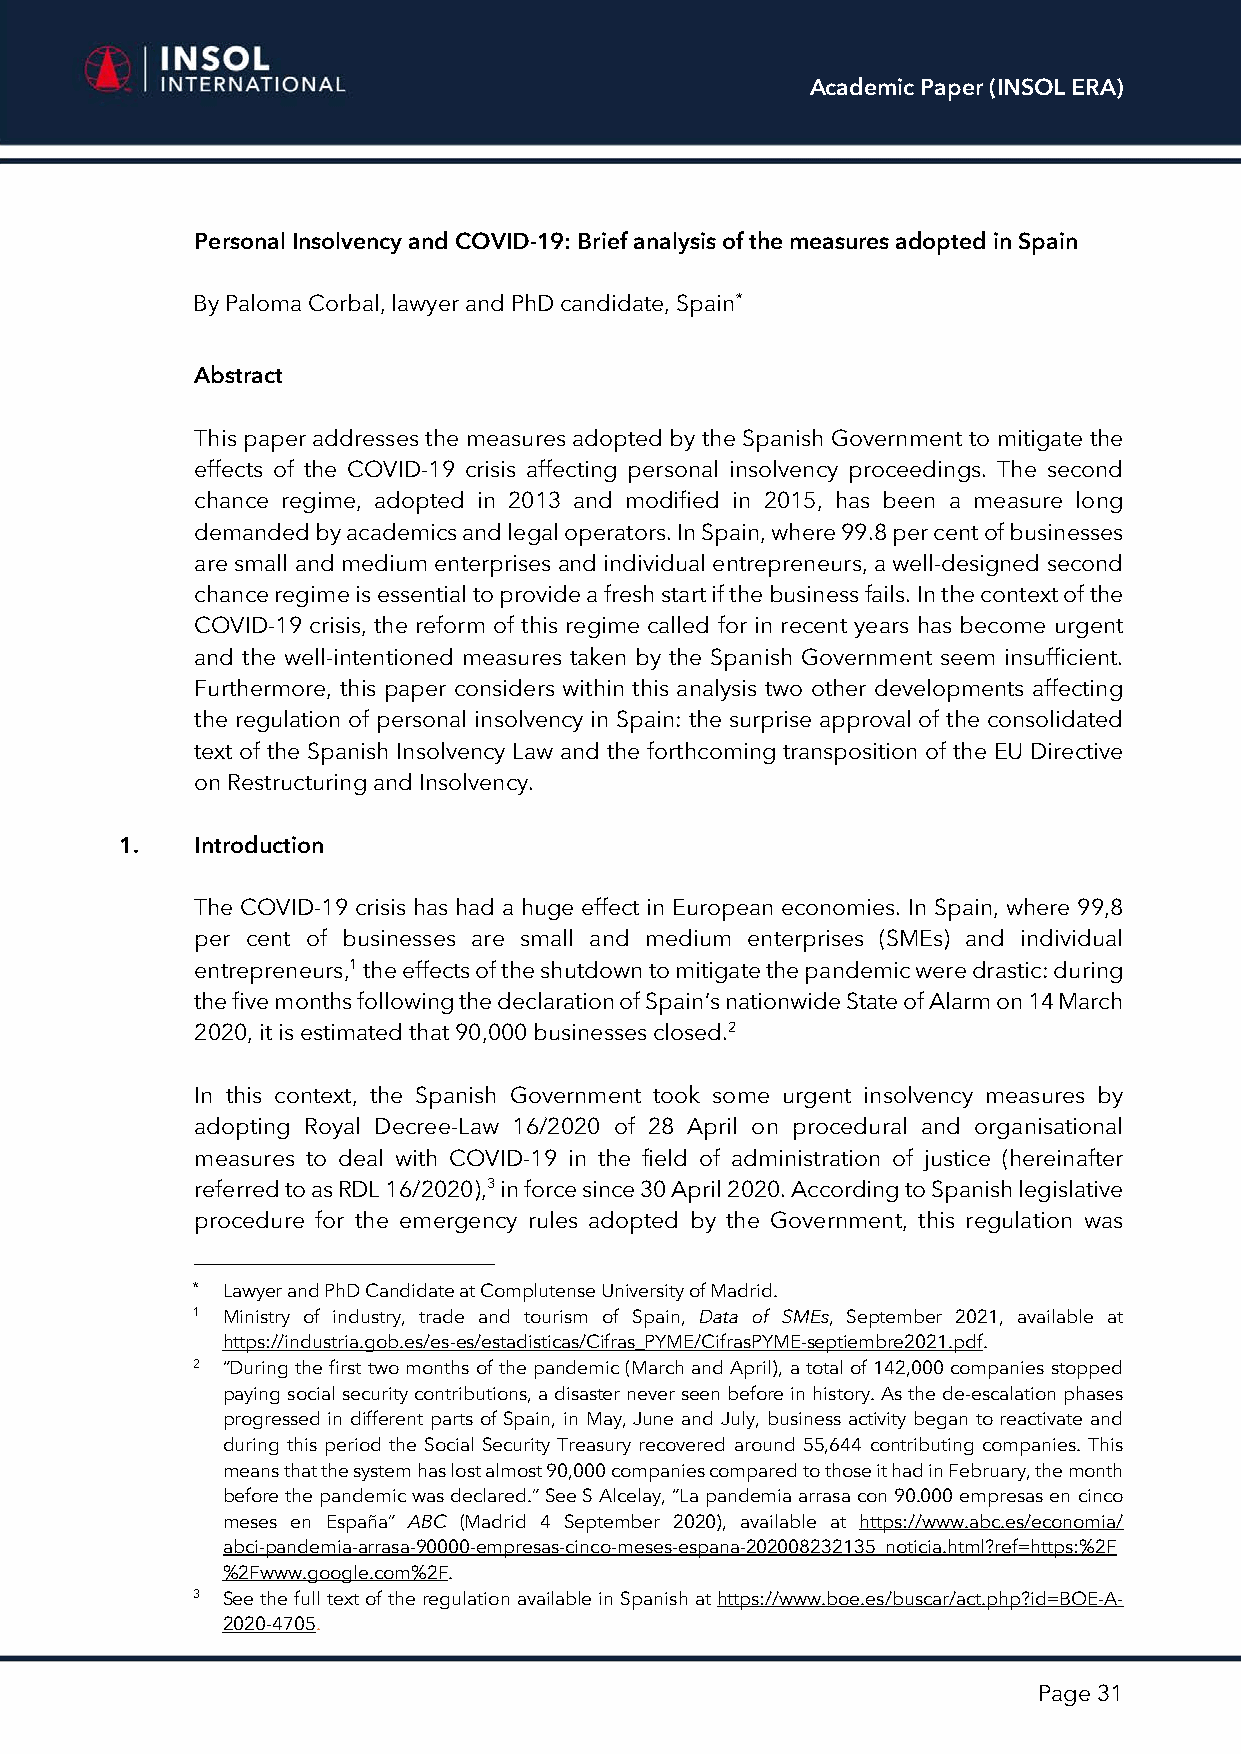
Academic Paper (INSOL ERA)
 Personal Insolvency and COVID-19: Brief analysis of the measures adopted in Spain
 By Paloma Corbal, lawyer and PhD candidate, Spain*
 Abstract
 This paper addresses the measures adopted by the Spanish Government to mitigate the
 effects of the COVID-19 crisis affecting personal insolvency proceedings. The second
 chance regime, adopted in 2013 and modified in 2015, has been a measure long
 demanded by academics and legal operators. In Spain, where 99.8 per cent of businesses
 are small and medium enterprises and individual entrepreneurs, a well-designed second
 chance regime is essential to provide a fresh start if the business fails. In the context of the
 COVID-19 crisis, the reform of this regime called for in recent years has become urgent
 and the well-intentioned measures taken by the Spanish Government seem insufficient.
 Furthermore, this paper considers within this analysis two other developments affecting
 the regulation of personal insolvency in Spain: the surprise approval of the consolidated
 text of the Spanish Insolvency Law and the forthcoming transposition of the EU Directive
 on Restructuring and Insolvency.
 1.   Introduction
 The COVID-19 crisis has had a huge effect in European economies. In Spain, where 99,8
 per cent of businesses are small and medium enterprises (SMEs) and individual
 entrepreneurs,1 the effects of the shutdown to mitigate the pandemic were drastic: during
 the five months following the declaration of Spain’s nationwide State of Alarm on 14 March
 2020, it is estimated that 90,000 businesses closed.2
 In this context, the Spanish Government took some urgent insolvency measures by
 adopting Royal Decree-Law 16/2020 of 28 April on procedural and organisational
 measures to deal with COVID-19 in the field of administration of justice (hereinafter
 referred to as RDL 16/2020),3 in force since 30 April 2020. According to Spanish legislative
 procedure for the emergency rules adopted by the Government, this regulation was
 * Lawyer and PhD Candidate at Complutense University of Madrid.
 1 Ministry of industry, trade and tourism of Spain, Data of SMEs, September 2021, available at
 https://industria.gob.es/es-es/estadisticas/Cifras_PYME/CifrasPYME-septiembre2021.pdf.
 2 “During the first two months of the pandemic (March and April), a total of 142,000 companies stopped
 paying social security contributions, a disaster never seen before in history. As the de-escalation phases
 progressed in different parts of Spain, in May, June and July, business activity began to reactivate and
 during this period the Social Security Treasury recovered around 55,644 contributing companies. This
 means that the system has lost almost 90,000 companies compared to those it had in February, the month
 before the pandemic was declared.” See S Alcelay, “La pandemia arrasa con 90.000 empresas en cinco
 meses en España” ABC (Madrid 4 September 2020), available at https://www.abc.es/economia/
 abci-pandemia-arrasa-90000-empresas-cinco-meses-espana-202008232135_noticia.html?ref=https:%2F
 %2Fwww.google.com%2F.
 3 See the full text of the regulation available in Spanish at https://www.boe.es/buscar/act.php?id=BOE-A-
 2020-4705.
 Page 31